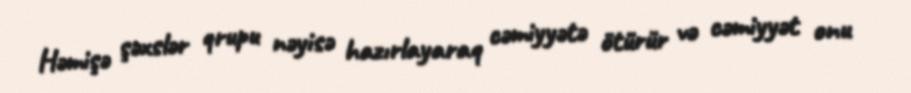
Həmişə şəxslər qrupu nəyisə hazırlayaraq cəmiyyətə ötürür və cəmiyyət onu